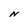
Character: N